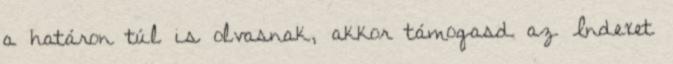
a határon túl is olvasnak, akkor támogasd az Indexet